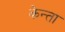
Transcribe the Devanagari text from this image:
केन्ता